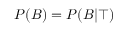
P ( B ) = P ( B | \top )